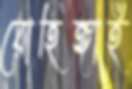
রোহিঙ্গাই